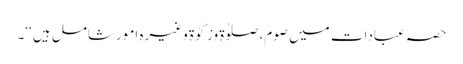
حصہ عبادات میں صوم، صلوٰۃ وزکوٰۃ وغیرہ امور شامل ہیں ‘‘۔